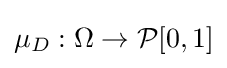
\mu _{D}:\Omega \to {\mathcal {P}}[0,1]